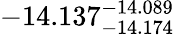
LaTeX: -14.137_{-14.174}^{-14.089}